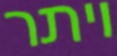
ויתר